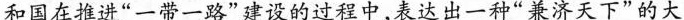
和国在推进“一带一路”建设的过程中，表达出一种“兼济天下”的大